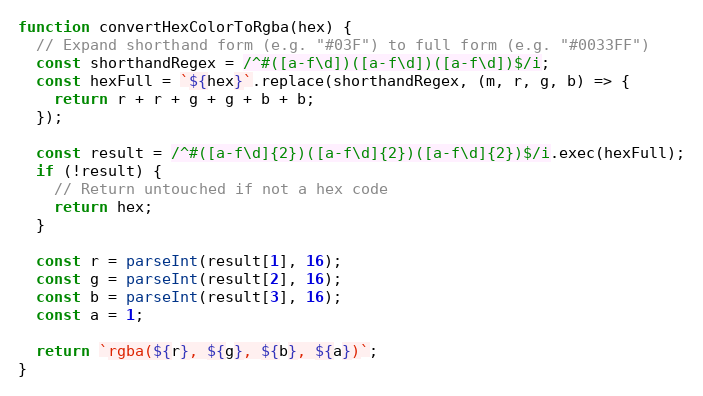
Language: JavaScript
function convertHexColorToRgba(hex) {
  // Expand shorthand form (e.g. "#03F") to full form (e.g. "#0033FF")
  const shorthandRegex = /^#([a-f\d])([a-f\d])([a-f\d])$/i;
  const hexFull = `${hex}`.replace(shorthandRegex, (m, r, g, b) => {
    return r + r + g + g + b + b;
  });

  const result = /^#([a-f\d]{2})([a-f\d]{2})([a-f\d]{2})$/i.exec(hexFull);
  if (!result) {
    // Return untouched if not a hex code
    return hex;
  }

  const r = parseInt(result[1], 16);
  const g = parseInt(result[2], 16);
  const b = parseInt(result[3], 16);
  const a = 1;

  return `rgba(${r}, ${g}, ${b}, ${a})`;
}